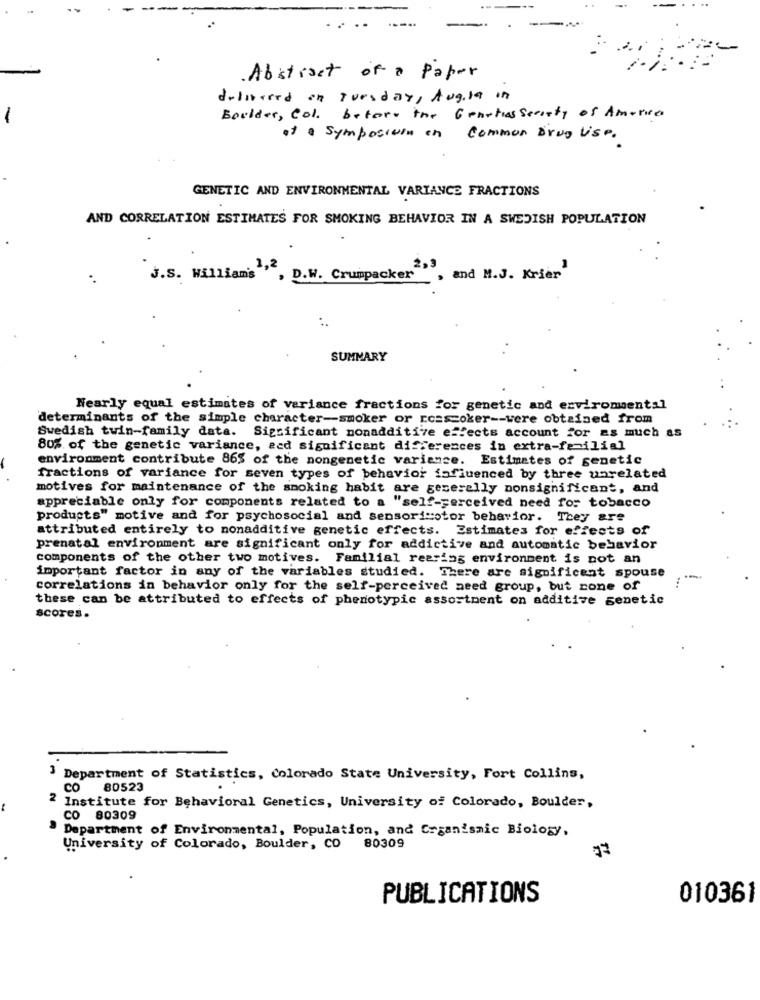
Abstract of a Paper
delivered on Tuesday, Aug.la in
-
Boulder, Col. before the Genetics Scarity of America
at a Symposium on Common Drug Vise.
GENETIC AND ENVIRONMENTAL VARIANCE FRACTIONS
AND CORRELATION ESTIMATES FOR SMOKING BEHAVIOR IN A SWEDISH POPULATION
J.S. Williams "", D.W. Crumpacker2",
and M.J. Krier
SUMMARY
Nearly equal estimates of variance fractions for genetic and erviromental
determinants of the simple character-smoker or rossoker -- were obtained from
Swedish twin-family data. Significant nonadditive effects account for as much as
80% of the genetic variance, ecd significant differences in extra-fe-ilial
environment contribute 865 of the nongenetic variance. Estimates of genetic
fractions of variance for seven types of behavior influenced by three unrelated
motives for maintenance of the smoking habit are generally nonsignificant, and
appreciable only for components related to a "self-perceived need for tobacco
products" motive and for psychosocial and sensorimotor behavior. They are
attributed entirely to nonadditive genetic effects. Estimates for effects of
prenatal environment are significant only for addictive and automatic behavior
components of the other two motives. Familial rearing environment is not an
important factor in any of the variables studied. There are significent spouse
correlations in behavior only for the self-perceived need group, but none of
these can be attributed to effects of phenotypic assortment on additive senetic
scores.
Department of Statistics, Colorado State University, Fort Collins,
CO 80523
2 Institute for Behavioral Genetics, University of Colorado, Boulder,
CO 80309
Department of Environmental, Population, and Organismic Biology,
University of Colorado, Boulder, CO
80309
PUBLICATIONS
010361